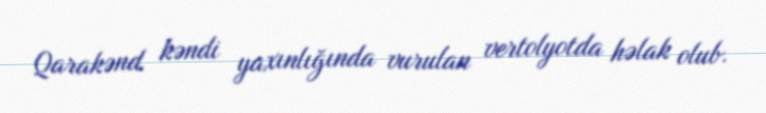
Qarakənd kəndi yaxınlığında vurulan vertolyotda həlak olub.